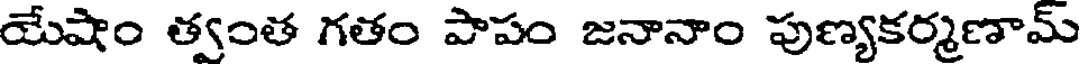
యేషాం త్వంత గతం పాపం జనానాం పుణ్యకర్మణామ్